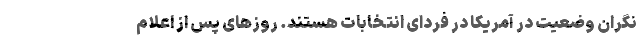
نگران وضعیت در آمریکا در فردای انتخابات هستند. روزهای پس از اعلام